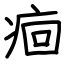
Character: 痐